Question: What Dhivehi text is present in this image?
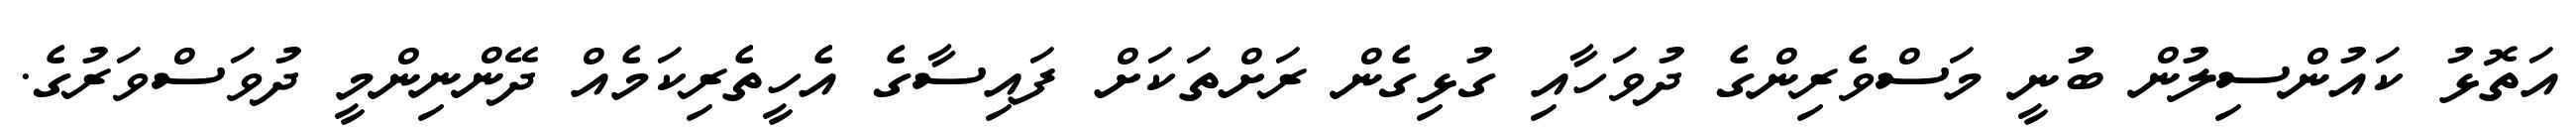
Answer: އަތޮޅު ކައުންސިލުން ބުނީ މަސްވެރިންގެ ދުވަހާއި ގުޅިގެން ރަށްތަކަށް ފައިސާގެ އެހީތެރިކަމެއް ދޭންނިންމީ ދުވަސްވަރުގެ.